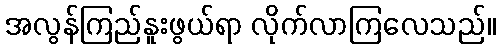
အလွန်ကြည်နူးဖွယ်ရာ လိုက်လာကြလေသည်။